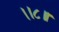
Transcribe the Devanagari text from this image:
।।८॥